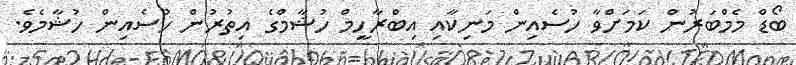
ބޯޑް މެމްބަރުން ކަމަށްވާ ހުސެއިން މަނިކާއި އިބްރާހީމް ހުޝާމްގެ އިތުރުން ހުސެއިން ހުޝާމެވެ.